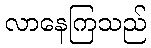
လာနေကြသည်